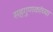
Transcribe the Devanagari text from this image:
सहगुणकांच्या